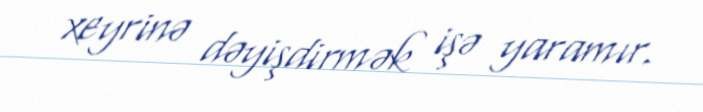
xeyrinə dəyişdirmək işə yaramır.